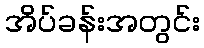
အိပ်ခန်းအတွင်း